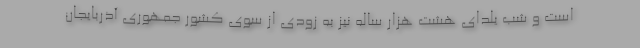
است و شب یلدای هشت هزار ساله نیز به زودی از سوی کشور جمهوری آذربایجان